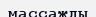
массажды